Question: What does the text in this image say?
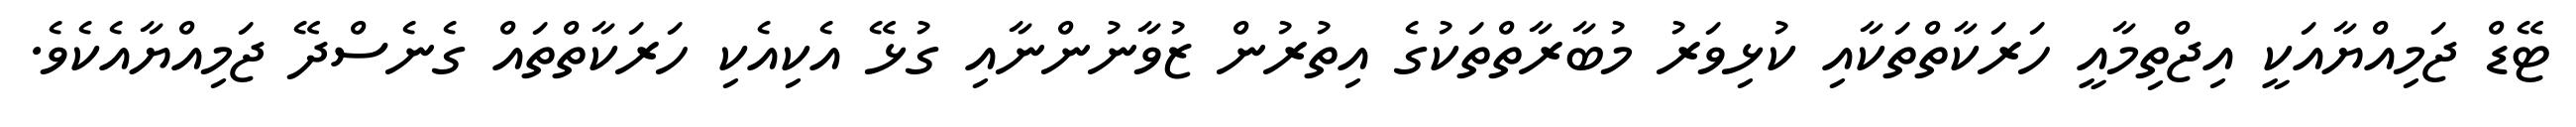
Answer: ޓޭޑް ޖަމިއްޔާއަކީ އިޖްތިމާއީ ހަރަކާތްތަކާއި ކުޅިވަރު މުބާރާތްތަކުގެ އިތުރުން ޒުވާނުންނާއި ގުޅޭ އެކިއެކި ހަރަކާތްތައް ގެނެސްދޭ ޖަމިއްޔާއެކެވެ.